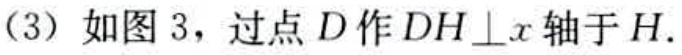
(3) 如图 3，过点 \(D\) 作 \(DH\perp x\) 轴于 \(H\).